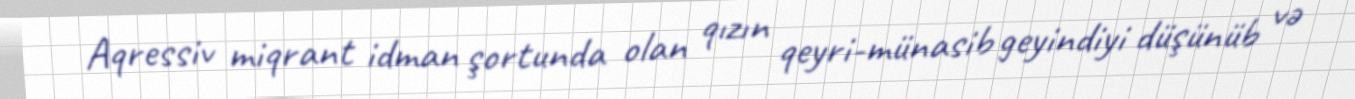
Aqressiv miqrant idman şortunda olan qızın qeyri-münasib geyindiyi düşünüb və